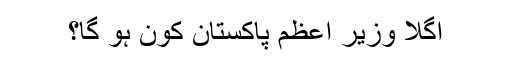
اگلا وزیر اعظم پاکستان کون ہو گا؟